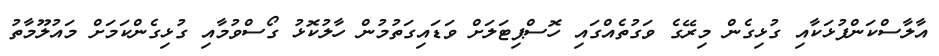
އާލާސްކަންފުޅަކާއި ގުޅިގެން މިރޭގެ ވަގުތެއްގައި ހޮސްޕިޓަލަށް ވަޑައިގަތުމުން ހާލުކޮޅު ގޯސްވުމާއި ގުޅިގެންކަމަށް މައުލޫމާތު